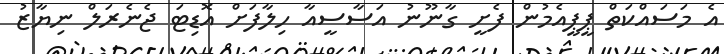
އެ މަސައްކަތް ޕީޕީއެމުން ފެށީ ގާނޫނު އަސާސީއާ ހިލާފަށް އޮޑިޓަ ޖެނެރަލް ނިޔާޒު